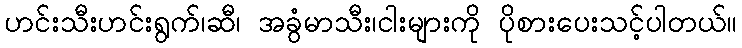
ဟင်းသီးဟင်းရွက်၊ဆီ၊ အခွံမာသီး၊ငါးများကို ပိုစားပေးသင့်ပါတယ်။